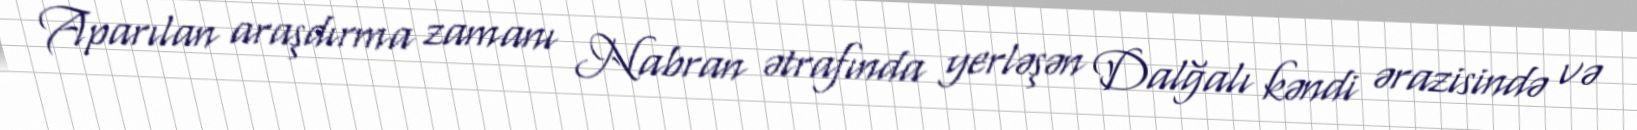
Aparılan araşdırma zamanı Nabran ətrafında yerləşən Dalğalı kəndi ərazisində və